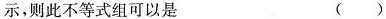
示，则此不等式组可以是 ()